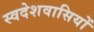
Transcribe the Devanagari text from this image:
स्वदेशवासियों